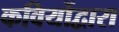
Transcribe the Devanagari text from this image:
कवियोंद्वारा